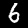
Label: 6